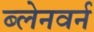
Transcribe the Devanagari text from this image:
ब्लेनवर्न